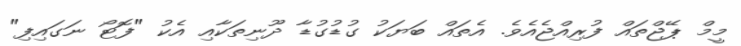
މީމް ޕޭޖްތައް ފުރިއްޖެއެވެ. އެތައް ބަޔަކު ގުޑުގުޑާ ދޫނިތަކާއި އެކު "ފޮޓޯ ނަގައިފި"